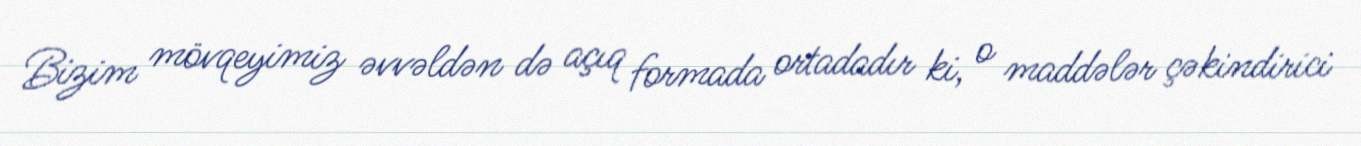
Bizim mövqeyimiz əvvəldən də açıq formada ortadadır ki, o maddələr çəkindirici